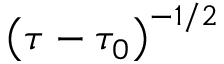
\left( \tau - \tau _ { 0 } \right) ^ { - 1 / 2 }